Report on horse surra - Volume I
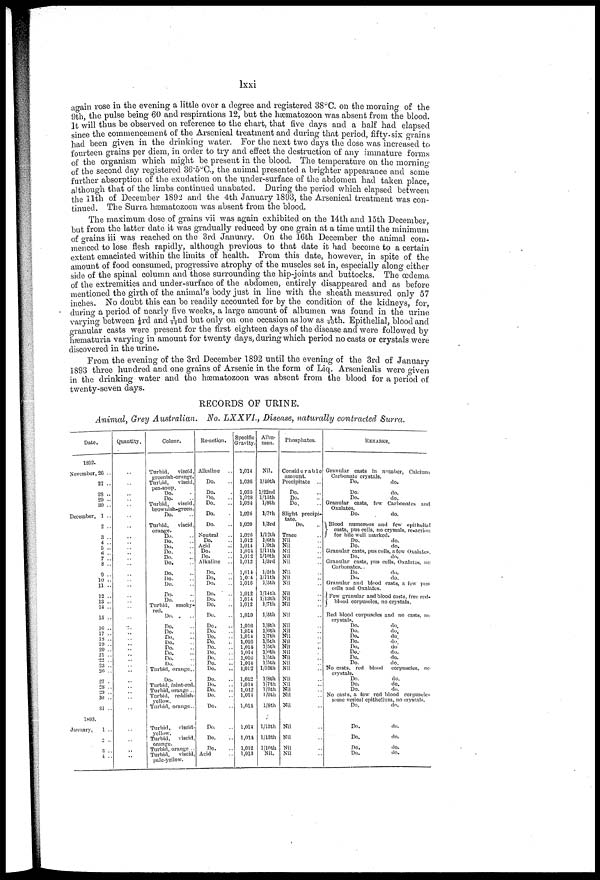
lxxi
again rose in the evening a little over a degree and registered 38°C. on the morning of the
9th, the pulse being 60 and respirations 12, but the hæmatozoon was absent from the blood.
It will thus be observed on reference to the chart, that five days and a half had elapsed
since the commencement of the Arsenical treatment and during that period, fifty-six grains
had been given in the drinking water. For the next two days the dose was increased to
fourteen grains per diem, in order to try and effect the destruction of any immature forms
of the organism which might be present in the blood. The temperature on the morning
of the second day registered 36.5°C, the animal presented a brighter appearance and some
further absorption of the exudation on the under-surface of the abdomen had taken place,
although that of the limbs continued unabated. During the period which elapsed between
the 11th of December 1892 and the 4th January 1893, the Arsenical treatment was con
tinued. The Surra hæmatozoon was absent from the blood.
The maximum dose of grains vii was again exhibited on the 14th and loth December,
but from the latter date it was gradually reduced by one grain at a time until the minimum
of grains iii was reached on the 3rd January. On the 16th December the animal com
menced to lose flesh rapidly, although previous to that date it had become to a certain
extent emaciated within the limits of health. From this date, however, in spite of the
amount of food consumed, progressive atrophy of the muscles set in, especially along either
side of the spinal column and those surrounding the hip-joints and buttocks. The œdema
of the extremities and under-surface of the abdomen, entirely disappeared and as before
mentioned the girth of the animal's body just in line with the sheath measured only 57
inches. No doubt this can be readily accounted for by the condition of the kidneys, for,
during a period of nearly five weeks, a large amount of albumen was found in the urine
varying between ⅓rd and 1/22nd but only on one occasion as low as 1/40th. Epithelial, blood and
granular casts were present for the first eighteen days of the disease and were followed by
hæmaturia varying in amount for twenty days, during which period no casts or crystals were
discovered in the urine.
From the evening of the 3rd December 1892 until the evening of the 3rd of January
1893 three hundred and one grains of Arsenic in the form of Liq. Arsenicalis were given
in the drinking water and the hæmatozoon was absent from the blood for a period of
twenty-seven days.
RECORDS OF URINE.
Animal, Grey Australian.
No. LXXVL, Disease, naturally contracted Surra.
Date.
1892.
November,.26 ..
27 ..
28...
29 ...30 ..
December, 1 ..
2
3
4 ..
5.
6 ..
7 ...
8 ..
9 ..
10 ..
11 ..
12 ..
13 ..
14 ..
15 ..
16 ..
17 ..
18 ..
19 ..
20 ..
21 ..
22
23
26
27
28 ..
30 ..
31 ..
1893.
January,
1 ..
2 ..
3 ..
4
..
Quantity.
..
..
..
..
..
..
..
..
.. ..
..
..
..
..
..
.. ..
..
..
.. ..
..
..
..
..
..
..
..
..
..
..
..
..
..
..
.. ..
..
..
..
..
..
..
Colour.
Turbid,
viscid,
greenish-orange.
Turbid,
viscid,
pea-soup.
Do.
Do.
Turbid,
viscid,
brownish-green.
Do.
Turbid,
viscid,
orange.
Do.
Do.
Do.
Do.
Do.
Do.
Do.
Do.
Do.
Do.
Do.
Turbid, smoky-
red. Do.
Do.
Do.
Do.
Do.
Do.
Do.
Do.
Do.
Turbid, orange..
Do.
Turbid, faint-red.
Turbid, orange ..
Turbid, reddish-
yellow.
Turbid, orange..
Turbid, viscid-
yellow.
Turbid,
viscid,
orange.
Turbid, orange
Turbid,
viscid,
pale-yellow.
Re-action.
Alkaline
Do.
Do.
no.
Do.
Do.
Do.
Neutral
Do.
Add
Do.
Do.
Alkaline
Do.
Do.
Do.
Do.
Do. Do.
Do.
Do.
Do.
Do.
Do.
Do.
Do.
Do.
Do.
Do.
Do.
Do.
Do.
Do.
Do.
Do.
..
Do.
Do.
Acid
Specific
Gravity.
1,014
1,036
1,035
1,028
1,021
1,026
1,020
1,026
1,012
1,014
1,014
1,012
1,012
1,011.
1,0:4
1,010
1,012
1,014 1,012
1,019
1,010
1,014
1,014
1,016
1,011
1,014
1,010
1,014
1,012
1,012
1,014
1,012
1,011
1,011.
1,014
1,014
1,012
1,013
Albu
men.
Nil.
l/10th
l/22 nd
l/15th
⅛th
l/7th
l/3rd
1/12th
l/6 th
l/9 th
1/11 th
1/10 th
l/3rd
1/5 th
1/llth
1/oth
l/14 th
l/12 th
l/7 th
l/5th
1/8th
1/6 th
l/7th
l/5th
l/5 th
l/6 th
1/5 th
l/5 th
1/16 th
1/Sth
1/7 th
1/9 th
1/9 th
1/Sth
l/13th
l/13th
1/10th
Nil.
Phosphates.
Considerable
amount.
Precipitate
Do.
Do.
Do.
Slight precipi
tate.
Do.
Trace
Nil
Nil
Nil
Nil
Nil
Nil
Nil
Nil
Nil
Nil Nil
Nil
Nil
Nil
Nil
Nil
Nil
Nil
Nil
Nil
Nil
Nil
Nil
Nil
Nil
Nil
Nil
Nil
Nil
Nil
REMARKS.
Granular casts in number, Calcium
Carbonate crystals.
Do.
Do.
Do.
do.
Do.
do.
Granular casts, few Carbonates and
Oxalates.
Do.
do.
Blood numerous and few epithelial
} casts, pus cells, no crystals, re-action
for bile well marked.
Do.
do.
Do.
do.
Granular casts, pus cells, a few Oxalates
Do.
do.
Cranular casts, pus cells, Oxalates, Do
Carbonates..
Do.
do.
Do.
do.
Granular and blood casts, a few pus
cells and Oxalates.
Few granular and blood casts, free red-
blood corpuscles, no crystals.
Red blood corpuscles and no casts, no
crystals.
Do.
do.
Do.
do.
Do.
do
Do.
do.
Do.
do.
Do.
do.
Do.
do.
Do.
do.
No casts, red blood corpuscles. no
crystals.
Do.
do.
Do.
do.
Do.
do.
No casts, a few red blood corpuscles
some vesical epithelium, no crystals.
Do.
do.
Do.
do.
Do.
do.
Do.
do.
Do.
do.